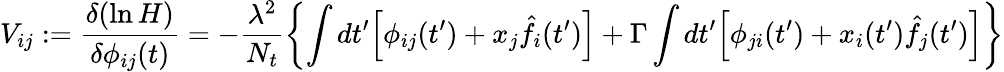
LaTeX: V_{ij}:=\frac{\delta(\ln H)}{\delta\phi_{ij}(t)}=-\frac{\lambda^{2}}{N_{t}}\left\{ \int dt^{\prime}\Big[\phi_{ij}(t^{\prime})+x_{j}\hat{f}_{i}(t^{\prime})\Big]+\Gamma\int dt^{\prime}\Big[\phi_{ji}(t^{\prime})+x_{i}(t^{\prime})\hat{f}_{j}(t^{\prime})\Big]\right\}